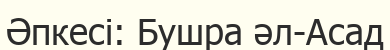
Әпкесі: Бушра әл-Асад